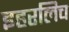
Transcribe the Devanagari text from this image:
इहरलिच